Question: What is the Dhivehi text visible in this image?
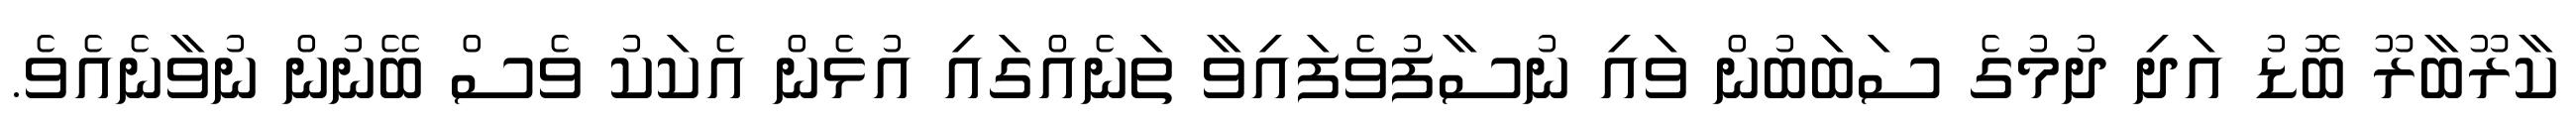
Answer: ކާރޫބާރޫ ބޮޑު އަދި ދުމުގެ ސަބަބުން ވައި ނުސާފުވެފައިވާ ތަނެއްގައި އުޅެން އެކަކު ވެސް ބޭނުން ނުވާނެއެވެ.